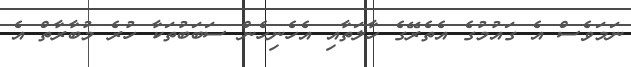
ނަމަވެސް އެ ގައުމުގެ އެތެރޭގެ ހާލަތާއި އެހެނިހެން ސަބަބުތަކާ ހުރެ މުބާރާތް އެ